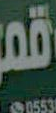
قمر